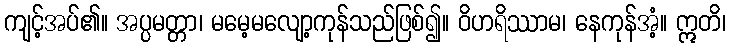
ကျင့်အပ်၏။ အပ္ပမတ္တာ၊ မမေ့မလျော့ကုန်သည်ဖြစ်၍။ ဝိဟရိဿာမ၊ နေကုန်အံ့။ ဣတိ၊